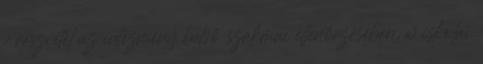
v részvétel az intézmény belső szakmai ellenőrzésében, w iskolai